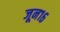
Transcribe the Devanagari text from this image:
जून१६